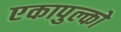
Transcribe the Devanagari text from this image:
एकापुल्को